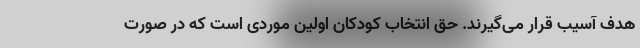
هدف آسیب قرار می‌گیرند. حق انتخاب کودکان اولین موردی است که در صورت